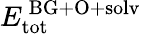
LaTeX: E_{\mathrm{tot}}^{\mathrm{\, BG+O+solv}}